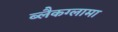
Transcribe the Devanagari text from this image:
ब्लैकग्लामा